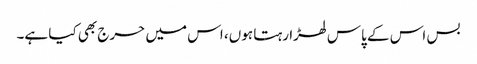
بس اس کے پاس لھڑا رہتا ہوں، اس میں حرج بھی کیا ہے۔